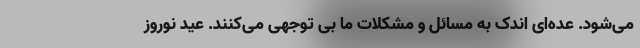
می‌شود. عده‌ای اندک به مسائل و مشکلات ما بی توجهی می‌کنند. عید نوروز